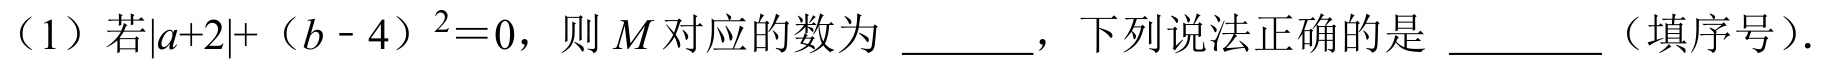
（1）若\(\vert a + 2\vert+(b - 4)^{2}=0\)，则\(M\)对应的数为 \_\_\_\_ ，下列说法正确的是 \_\_\_\_ （填序号）.